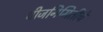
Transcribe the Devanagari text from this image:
वीजनिमिर्तीचे